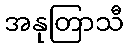
အနုတြာသီ